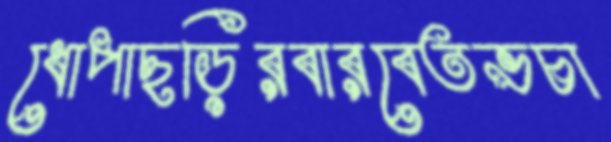
ধোপাছড়িরবারবেতভচা